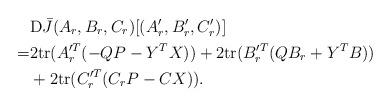
LaTeX: \begin{align*}&{\rm D}\bar{J}(A_r,B_r,C_r)[(A'_r,B'_r,C'_r)] \\=& 2{\rm tr} ( A_r'^T (-QP-Y^TX) ) + 2{\rm tr} (B_r'^T (QB_r+Y^TB) ) \\&+2{\rm tr} (C_r'^T(C_rP-CX) ). \end{align*}